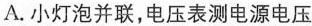
A.小灯泡并联，电压表测电源电压